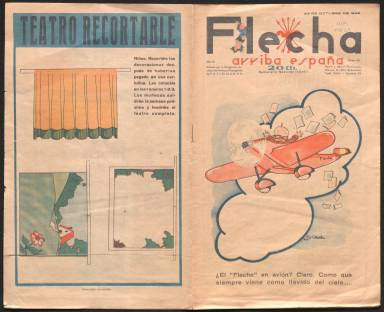
Título: Flecha (San Sebastián)
Colección: Revistas infantiles || Guerra civil
Ámbito geográfico: Guipúzcoa
Lugar de publicación: San Sebastián
Fechas: 23/10/1938-23/10/1938